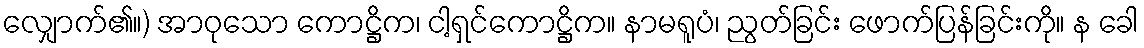
လျှောက်၏။) အာဝုသော ကောဋ္ဌိက၊ ငါ့ရှင်ကောဋ္ဌိက။ နာမရူပံ၊ ညွတ်ခြင်း ဖောက်ပြန်ခြင်းကို။ န ခေါ